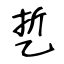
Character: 乴